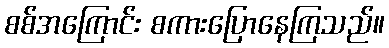
စစ်အကြောင်း စကားပြောနေကြသည်။